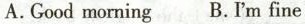
A.Good morning B.I'm fine